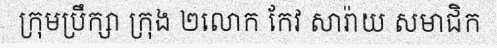
ក្រុមប្រឹក្សា ក្រុង ២លោក កែវ សារ៉ាយ សមាជិក